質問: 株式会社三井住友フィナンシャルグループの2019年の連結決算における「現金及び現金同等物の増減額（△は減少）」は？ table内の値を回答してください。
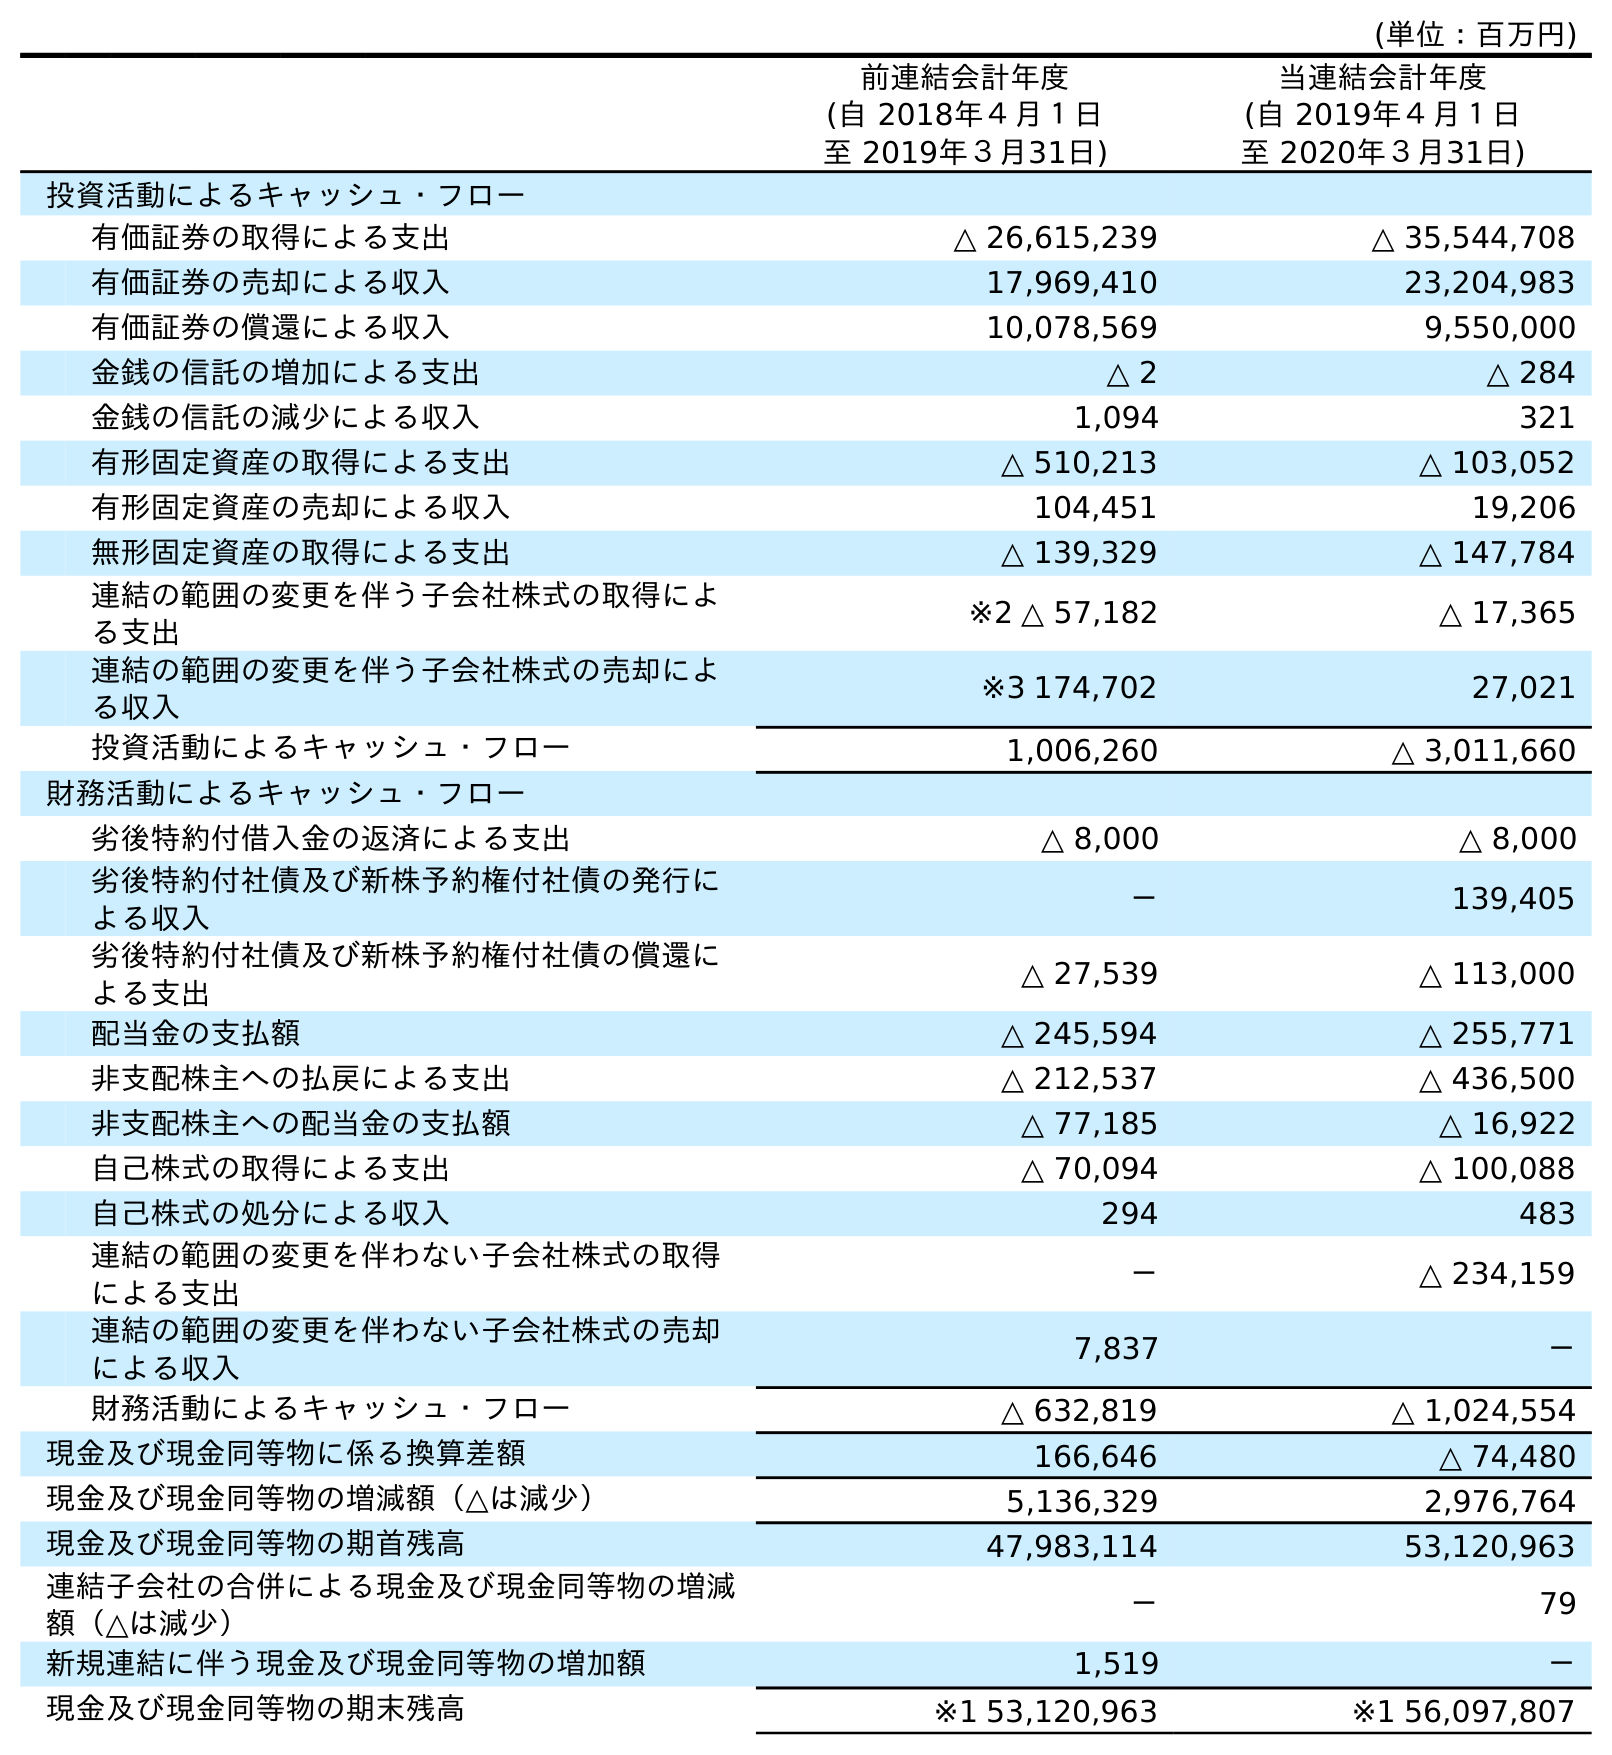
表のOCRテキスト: (単位：百万円) 前連結会計年度 (自 2018年４月１日 至 2019年３月31日) 当連結会計年度 (自 2019年４月１日 至 2020年３月31日) 投資活動によるキャッシュ・フロー 有価証券の取得による支出 △ 26,615,239 △ 35,544,708 有価証券の売却による収入 17,969,410 23,204,983 有価証券の償還による収入 10,078,569 9,550,000 金銭の信託の増加による支出 △ 2 △ 284 金銭の信託の減少による収入 1,094 321 有形固定資産の取得による支出 △ 510,213 △ 103,052 有形固定資産の売却による収入 104,451 19,206 無形固定資産の取得による支出 △ 139,329 △ 147,784 連結の範囲の変更を伴う子会社株式の取得によ る支出 ※2 △ 57,182 △ 17,365 連結の範囲の変更を伴う子会社株式の売却によ る収入 ※3 174,702 27,021 投資活動によるキャッシュ・フロー 1,006,260 △ 3,011,660 財務活動によるキャッシュ・フロー 劣後特約付借入金の返済による支出 △ 8,000 △ 8,000 劣後特約付社債及び新株予約権付社債の発行に よる収入 － 139,405 劣後特約付社債及び新株予約権付社債の償還に よる支出 △ 27,539 △ 113,000 配当金の支払額 △ 245,594 △ 255,771 非支配株主への払戻による支出 △ 212,537 △ 436,500 非支配株主への配当金の支払額 △ 77,185 △ 16,922 自己株式の取得による支出 △ 70,094 △ 100,088 自己株式の処分による収入 294 483 連結の範囲の変更を伴わない子会社株式の取得 による支出 － △ 234,159 連結の範囲の変更を伴わない子会社株式の売却 による収入 7,837 － 財務活動によるキャッシュ・フロー △ 632,819 △ 1,024,554 現金及び現金同等物に係る換算差額 166,646 △ 74,480 現金及び現金同等物の増減額（△は減少） 5,136,329 2,976,764 現金及び現金同等物の期首残高 47,983,114 53,120,963 連結子会社の合併による現金及び現金同等物の増減 額（△は減少） － 79 新規連結に伴う現金及び現金同等物の増加額 1,519 － 現金及び現金同等物の期末残高 ※1 53,120,963 ※1 56,097,807
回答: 5,136,329